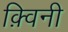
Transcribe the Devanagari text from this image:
क़्विनी